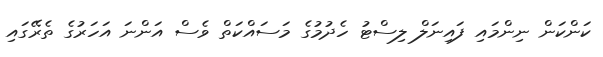
ކަންކަން ނިންމައި ފައިނަލް ލިސްޓު ހެދުމުގެ މަސައްކަތް ވެސް އަންނަ އަހަރުގެ ތެރޭގައި